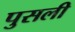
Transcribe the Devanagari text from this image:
पुसली